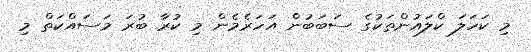
މި ކަހަލަ ކްލައުންތަކުގެ ސަބަބުން އަހަރެމެން މި ކުރާ ބުރަ މަސައްކަތް މި